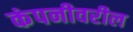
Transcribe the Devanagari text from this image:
कंपनीवरील